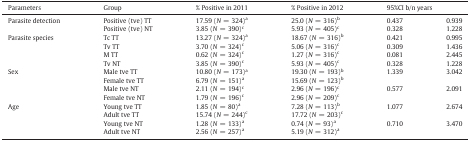
<table><thead><tr><td><b>Parameters</b></td><td><b>Group</b></td><td><b>% Positive in 2011</b></td><td><b>% Positive in 2012</b></td><td colspan="2"><b>95%CI b/n years</b></td></tr></thead><tbody><tr><td rowspan="2">Parasite detection</td><td>Positive (tve) TT</td><td>17.59 (<i>N</i> = 324)<sup>a</sup></td><td>25.0 (<i>N</i> = 316)<sup>b</sup></td><td>0.437</td><td>0.939</td></tr><tr><td>Positive (tve) NT</td><td>3.85 (<i>N</i> = 390)<sup>c</sup></td><td>5.93 (<i>N</i> = 405)<sup>c</sup></td><td>0.328</td><td>1.228</td></tr><tr><td rowspan="4">Parasite species</td><td>Tc TT</td><td>13.27 (<i>N</i> = 324)<sup>a</sup></td><td>18.67 (<i>N</i> = 316)<sup>b</sup></td><td>0.421</td><td>0.995</td></tr><tr><td>Tv TT</td><td>3.70 (<i>N</i> = 324)<sup>c</sup></td><td>5.06 (<i>N</i> = 316)<sup>c</sup></td><td>0.309</td><td>1.436</td></tr><tr><td>M TT</td><td>0.62 (<i>N</i> = 324)<sup>c</sup></td><td>1.27 (<i>N</i> = 316)<sup>c</sup></td><td>0.081</td><td>2.445</td></tr><tr><td>Tv NT</td><td>3.85 (<i>N</i> = 390)<sup>c</sup></td><td>5.93 (<i>N</i> = 405)<sup>c</sup></td><td>0.328</td><td>1.228</td></tr><tr><td rowspan="4">Sex</td><td>Male tve TT</td><td>10.80 (<i>N</i> = 173)<sup>a</sup></td><td>19.30 (<i>N</i> = 193)<sup>b</sup></td><td rowspan="2">1.339</td><td rowspan="2">3.042</td></tr><tr><td>Female tve TT</td><td>6.79 (<i>N</i> = 151)<sup>a</sup></td><td>15.69 (<i>N</i> = 123)<sup>b</sup></td></tr><tr><td>Male tve NT</td><td>2.11 (<i>N</i> = 194)<sup>c</sup></td><td>2.96 (<i>N</i> = 196)<sup>c</sup></td><td rowspan="2">0.577</td><td rowspan="2">2.091</td></tr><tr><td>Female tve NT</td><td>1.79 (<i>N</i> = 196)<sup>c</sup></td><td>2.96 (<i>N</i> = 209)<sup>c</sup></td></tr><tr><td rowspan="4">Age</td><td>Young tve TT</td><td>1.85 (<i>N</i> = 80)<sup>a</sup></td><td>7.28 (<i>N</i> = 113)<sup>b</sup></td><td rowspan="2">1.077</td><td rowspan="2">2.674</td></tr><tr><td>Adult tve TT</td><td>15.74 (<i>N</i> = 244)<sup>c</sup></td><td>17.72 (<i>N</i> = 203)<sup>c</sup></td></tr><tr><td>Young tve NT</td><td>1.28 (<i>N</i> = 133)<sup>a</sup></td><td>0.74 (<i>N</i> = 93)<sup>a</sup></td><td rowspan="2">0.710</td><td rowspan="2">3.470</td></tr><tr><td>Adult tve NT</td><td>2.56 (<i>N</i> = 257)<sup>a</sup></td><td>5.19 (<i>N</i> = 312)<sup>a</sup></td></tr></tbody></table>